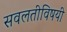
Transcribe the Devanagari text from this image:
सवलतीविषयी